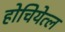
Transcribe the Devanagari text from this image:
होचियेत्ल